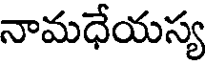
నామధేయస్య